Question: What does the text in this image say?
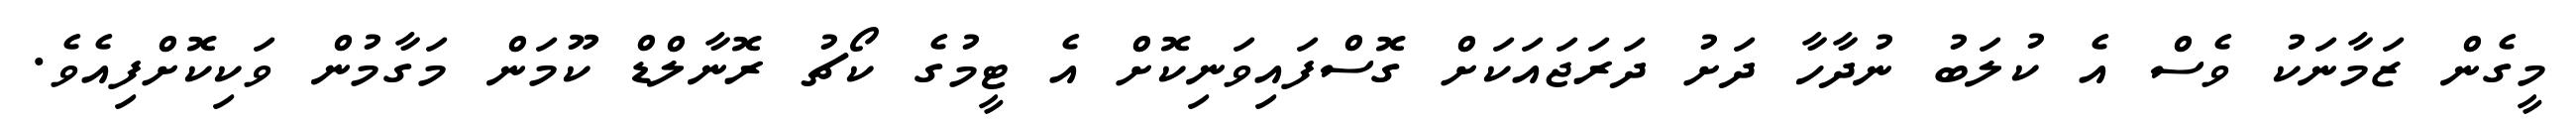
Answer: މީގެން ޒަމާނަކު ވެސް އެ ކުލަބު ނުދާހާ ދަށު ދަރަޖައަކަށް ގޮސްފައިވަނިކޮށް އެ ޓީމުގެ ކޯޗު ރޮނާލްޑް ކޫމަން މަގާމުން ވަކިކޮށްފިއެވެ.